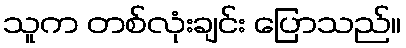
သူက တစ်လုံးချင်း ပြောသည်။